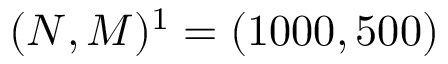
( N , M ) ^ { 1 } = ( 1 0 0 0 , 5 0 0 )